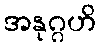
အနုဂ္ဂဟိ